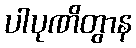
ပါပုဏိတွာန